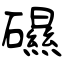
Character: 礘